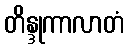
တိန္ဒုကာလာတံ